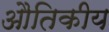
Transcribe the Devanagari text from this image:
औतिकीय